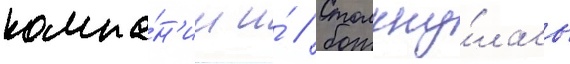
компа́н'ии и́ // Столкну́лась